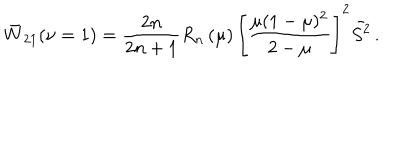
LaTeX: \bar { W } _ { 2 1 } ( \nu = 1 ) = \frac { 2 n } { 2 n + 1 } R _ { n } \left( \mu \right) \left[ \frac { \mu ( 1 - \mu ) ^ { 2 } } { 2 - \mu } \right] ^ { 2 } \bar { S ^ { 2 } } \, .